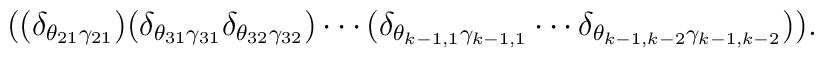
((\delta_{\theta_{21}\gamma_{21}})(\delta_{\theta_{31}\gamma_{31}}\delta_{\theta_{32}\gamma_{32}})\cdots(\delta_{\theta_{k-1,1}\gamma_{k-1,1}}\cdots\delta_{\theta_{k-1,k-2}\gamma_{k-1,k-2}})).